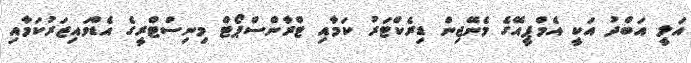
އަލީ އަބްދު އަކީ އެމްޕީއޭގެ މެނޭޖިން ޑިރެކްޓަރު ކަމާއި ޓްރާންސްޕޯޓް މިނިސްޓްރީގެ އެޑްވައިޒަރުކަމާއި